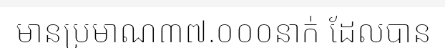
មានប្រមាណ៣៧.០០០នាក់ ដែលបាន